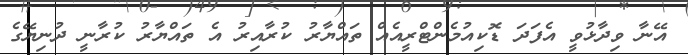
އޭނާ ވިދާޅުވީ އެފަދަ ޑޮކިއުމެންޓްރީއެއް ތައްޔާރު ކުރާއިރު އެ ތައްޔާރު ކުރާނީ ދުނިޔޭގެ